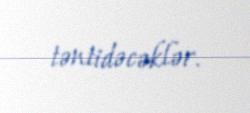
təntidəcəklər.